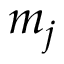
m _ { j }